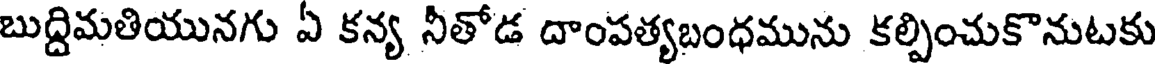
బుద్దిమతియునగు ఏ కన్య నీతోడ దాంపత్యబంధమును కల్పించుకొనుటకు